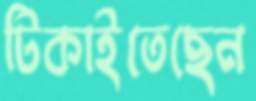
টিকাইতেছেন